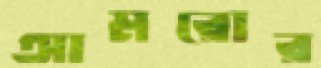
আমরোর